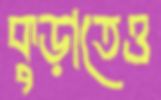
কুড়াতেও